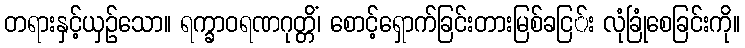
တရားနှင့်ယှဉ်သော။ ရက္ခာဝရဏဂုတ္တိံ၊ စောင့်ရှောက်ခြင်းတားမြစ်ခငြ်း လုံခြုံစေခြင်းကို။